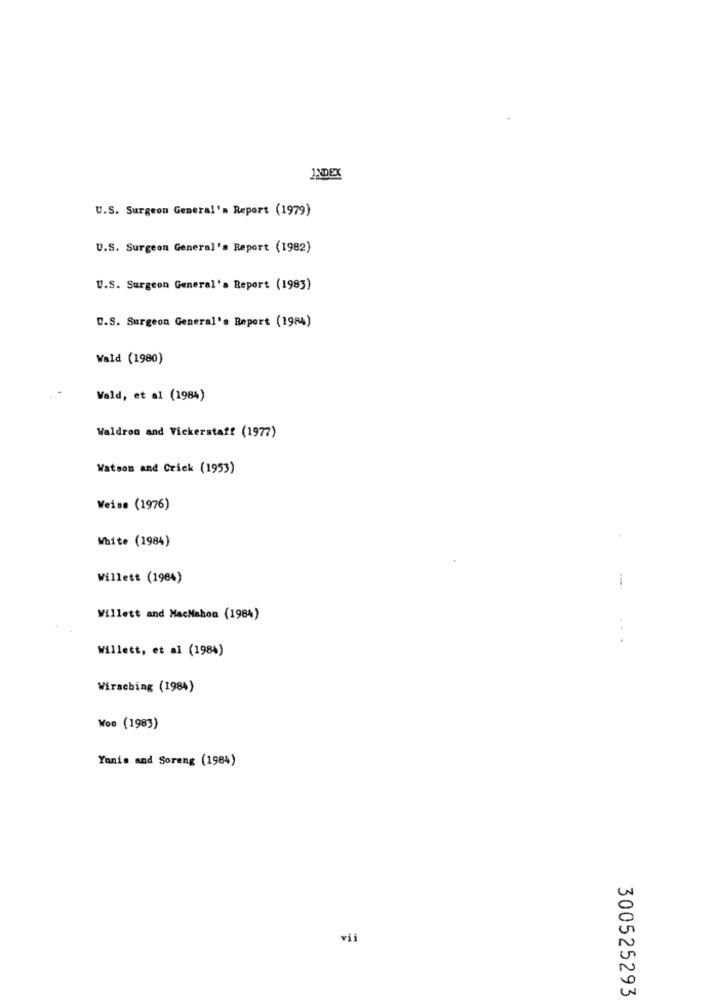
INDEX
U.S. Surgeon General's Report (1979)
U.S. Surgeon General's Report (1982)
U.S. Surgeon General's Report (1983)
U.S. Surgeon General's Report (1984)
Wald (1980)
Wald, et al (1984)
Waldron and Vickerstatt (1977)
Watson and Crick (1953)
Weiss (1976)
White (1984)
Willett (1984)
Willett and MacMahon (1984)
Willett, et al (1984)
Wirsebing (1984)
Woo (1983)
Yanis and Soreng (1984)
vii
300525293